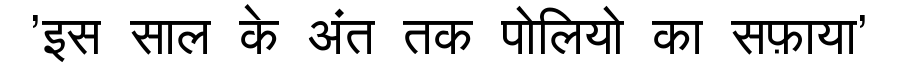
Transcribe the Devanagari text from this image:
'इस साल के अंत तक पोलियो का सफ़ाया'